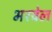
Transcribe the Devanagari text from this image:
भरवेल